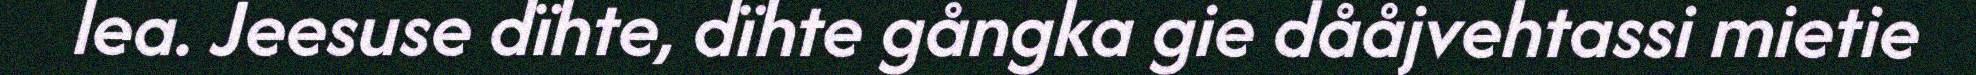
lea. Jeesuse dïhte, dïhte gångka gie dååjvehtassi mietie